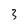
Character: 3